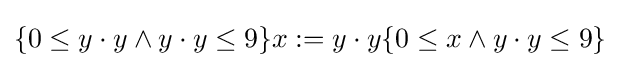
\{0\leq y\cdot y\wedge y\cdot y\leq 9\}x:=y\cdot y\{0\leq x\wedge y\cdot y\leq 9\}